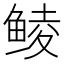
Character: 鲮